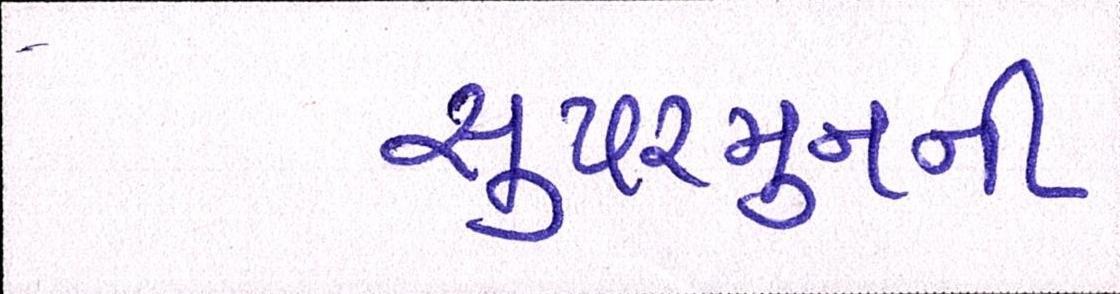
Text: સુપરમુનની